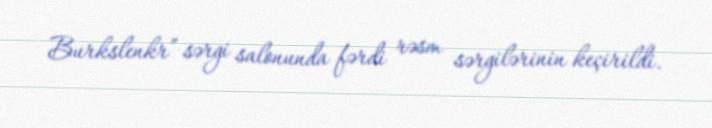
Burkslenkr” sərgi salonunda fərdi rəsm sərgilərinin keçirildi.